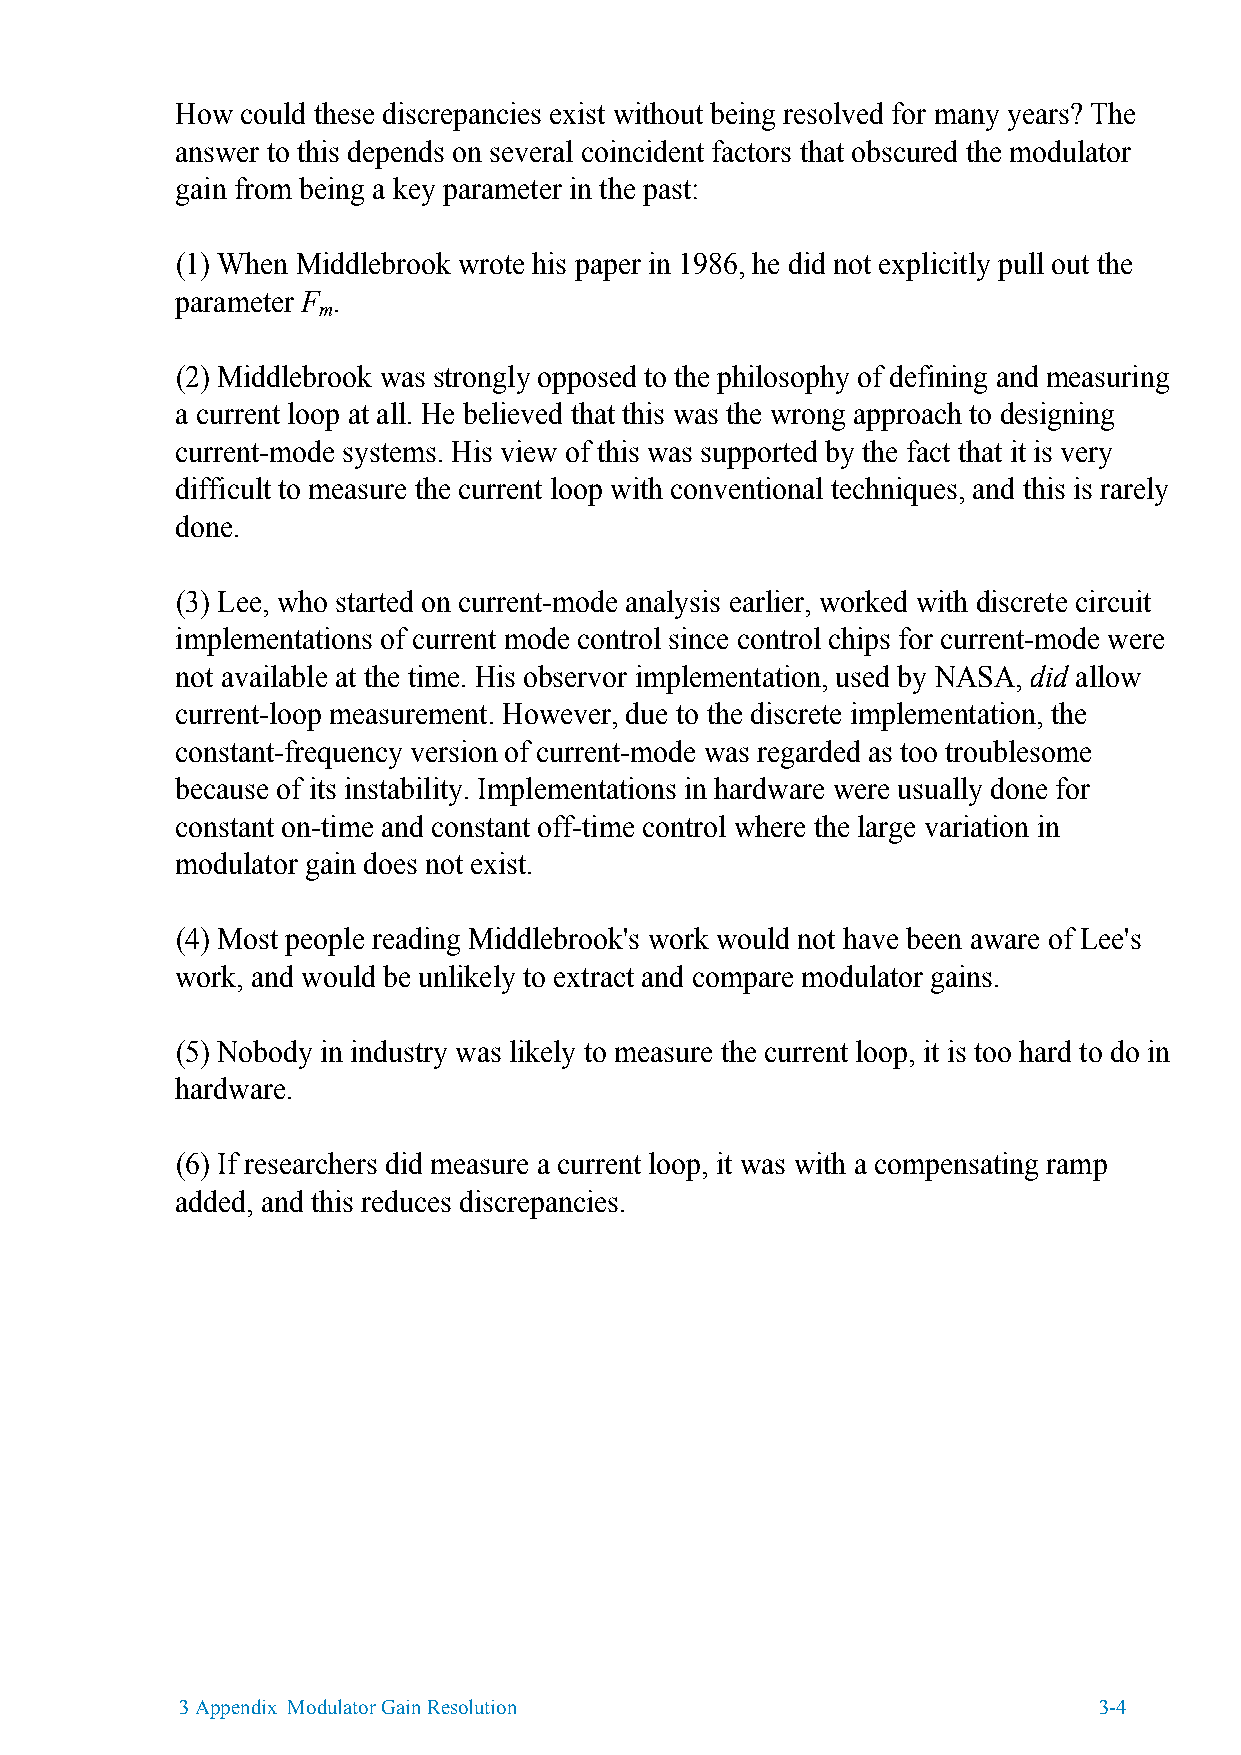
How could these discrepancies exist without being resolved for many years? The
 answer to this depends on several coincident factors that obscured the modulator
 gain from being a key parameter in the past:
 (1) When Middlebrook wrote his paper in 1986, he did not explicitly pull out the
 parameter F .
 m
 (2) Middlebrook was strongly opposed to the philosophy of defining and measuring
 a current loop at all. He believed that this was the wrong approach to designing
 current-mode systems. His view of this was supported by the fact that it is very
 difficult to measure the current loop with conventional techniques, and this is rarely
 done.
 (3) Lee, who started on current-mode analysis earlier, worked with discrete circuit
 implementations of current mode control since control chips for current-mode were
 not available at the time. His observor implementation, used by NASA, did allow
 current-loop measurement. However, due to the discrete implementation, the
 constant-frequency version of current-mode was regarded as too troublesome
 because of its instability. Implementations in hardware were usually done for
 constant on-time and constant off-time control where the large variation in
 modulator gain does not exist.
 (4) Most people reading Middlebrook's work would not have been aware of Lee's
 work, and would be unlikely to extract and compare modulator gains.
 (5) Nobody in industry was likely to measure the current loop, it is too hard to do in
 hardware.
 (6) If researchers did measure a current loop, it was with a compensating ramp
 added, and this reduces discrepancies.
 3 Appendix Modulator Gain Resolution                         3-4